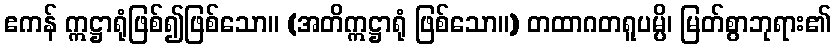
ဧကန် ဣဋ္ဌာရုံဖြစ်၍ဖြစ်သော။ (အတိဣဋ္ဌာရုံ ဖြစ်သော။) တထာဂတရူပမ္ပိ၊ မြတ်စွာဘုရား၏